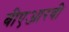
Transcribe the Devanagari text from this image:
बीएआरबी